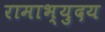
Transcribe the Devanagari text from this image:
रामाभ्युदय